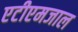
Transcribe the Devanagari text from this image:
एटीएमजाल